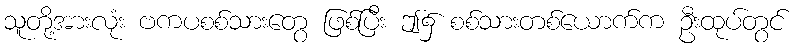
သူတို့အားလုံး ဗကပစစ်သားတွေ ဖြစ်ပြီး ဤ၌ စစ်သားတစ်ယောက်က ဦးထုပ်တွင်